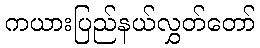
ကယားပြည်နယ်လွှတ်တော်